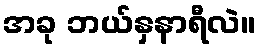
အခု ဘယ်နှနာရီလဲ။